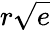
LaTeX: r\sqrt{e}